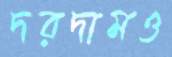
দরদামও